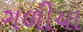
ગળીયા